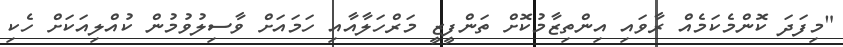
"މިފަދަ ކޮންމެކަމެއް ރާވައި އިންތިޒާމުކޮށް ތަންފީޒީ މަރްހަލާއާއި ހަމައަށް ވާސިލުވުމުން ކުއްލިއަކަށް ހެކި